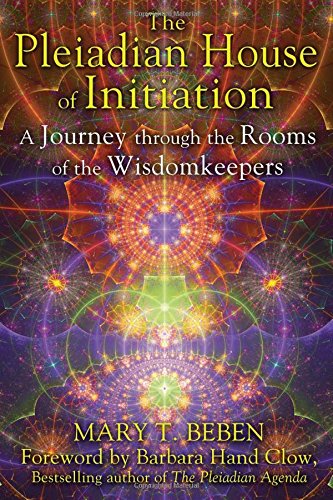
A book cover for The Pleiadian House of Initiation: A Journey through the Rooms of the Wisdomkeepers; Mary T. Beben; Religion & Spirituality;